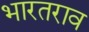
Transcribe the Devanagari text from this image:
भारतराव